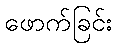
ဖောက်ခြင်း